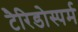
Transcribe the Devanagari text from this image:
टैरिडोस्पर्म